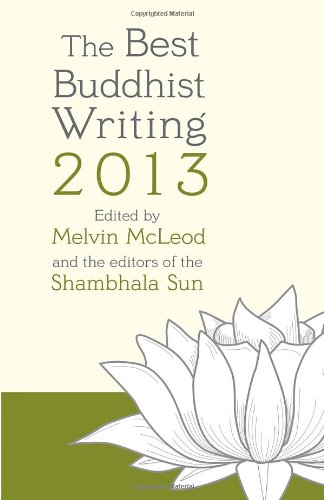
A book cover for The Best Buddhist Writing 2013; Religion & Spirituality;